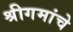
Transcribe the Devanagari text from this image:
श्रीगमांचे